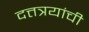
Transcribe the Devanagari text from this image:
दत्तत्रयांची